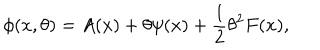
LaTeX: \phi ( x , \theta ) = A ( x ) + \theta \psi ( x ) + { \frac { 1 } { 2 } } \theta ^ { 2 } F ( x ) ,